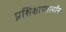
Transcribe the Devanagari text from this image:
प्रशिक्षाणार्त्यांना